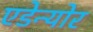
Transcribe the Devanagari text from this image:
एडेन्योर